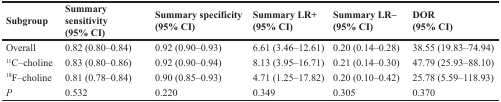
<table><thead><tr><td><b>Subgroup</b></td><td><b>Summary sensitivity (95% CI)</b></td><td><b>Summary specificity (95% CI)</b></td><td><b>Summary LR+ (95% CI)</b></td><td><b>Summary LR– (95% CI)</b></td><td><b>DOR (95% CI)</b></td></tr></thead><tbody><tr><td>Overall</td><td>0.82 (0.80–0.84)</td><td>0.92 (0.90–0.93)</td><td>6.61 (3.46–12.61)</td><td>0.20 (0.14–0.28)</td><td>38.55 (19.83–74.94)</td></tr><tr><td><sup>11</sup>C–choline</td><td>0.83 (0.80–0.86)</td><td>0.92 (0.90–0.94)</td><td>8.13 (3.95–16.71)</td><td>0.21 (0.14–0.30)</td><td>47.79 (25.93–88.10)</td></tr><tr><td><sup>18</sup>F–choline</td><td>0.81 (0.78–0.84)</td><td>0.90 (0.85–0.93)</td><td>4.71 (1.25–17.82)</td><td>0.20 (0.10–0.42)</td><td>25.78 (5.59–118.93)</td></tr><tr><td><i>P</i></td><td>0.532</td><td>0.220</td><td>0.349</td><td>0.305</td><td>0.370</td></tr></tbody></table>